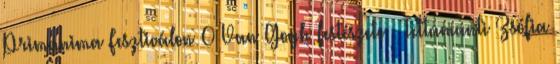
Primanima Fesztiválon 0 Van Gogh festészete – Tettamanti Zsófia